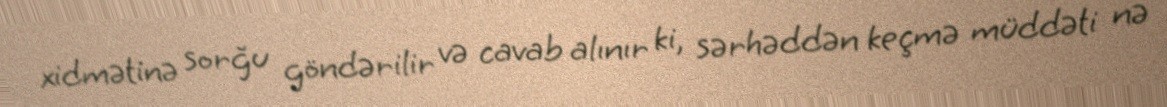
xidmətinə sorğu göndərilir və cavab alınır ki, sərhəddən keçmə müddəti nə